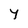
Character: Y